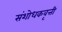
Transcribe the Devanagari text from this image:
संशोधकवृत्ती